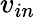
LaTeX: v_{in}